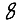
Digit: 8